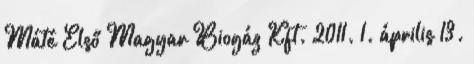
Máté Első Magyar Biogáz Kft. 2011. 1. április 13.